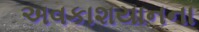
અવકાશયાનના